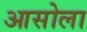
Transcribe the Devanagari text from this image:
आसोला